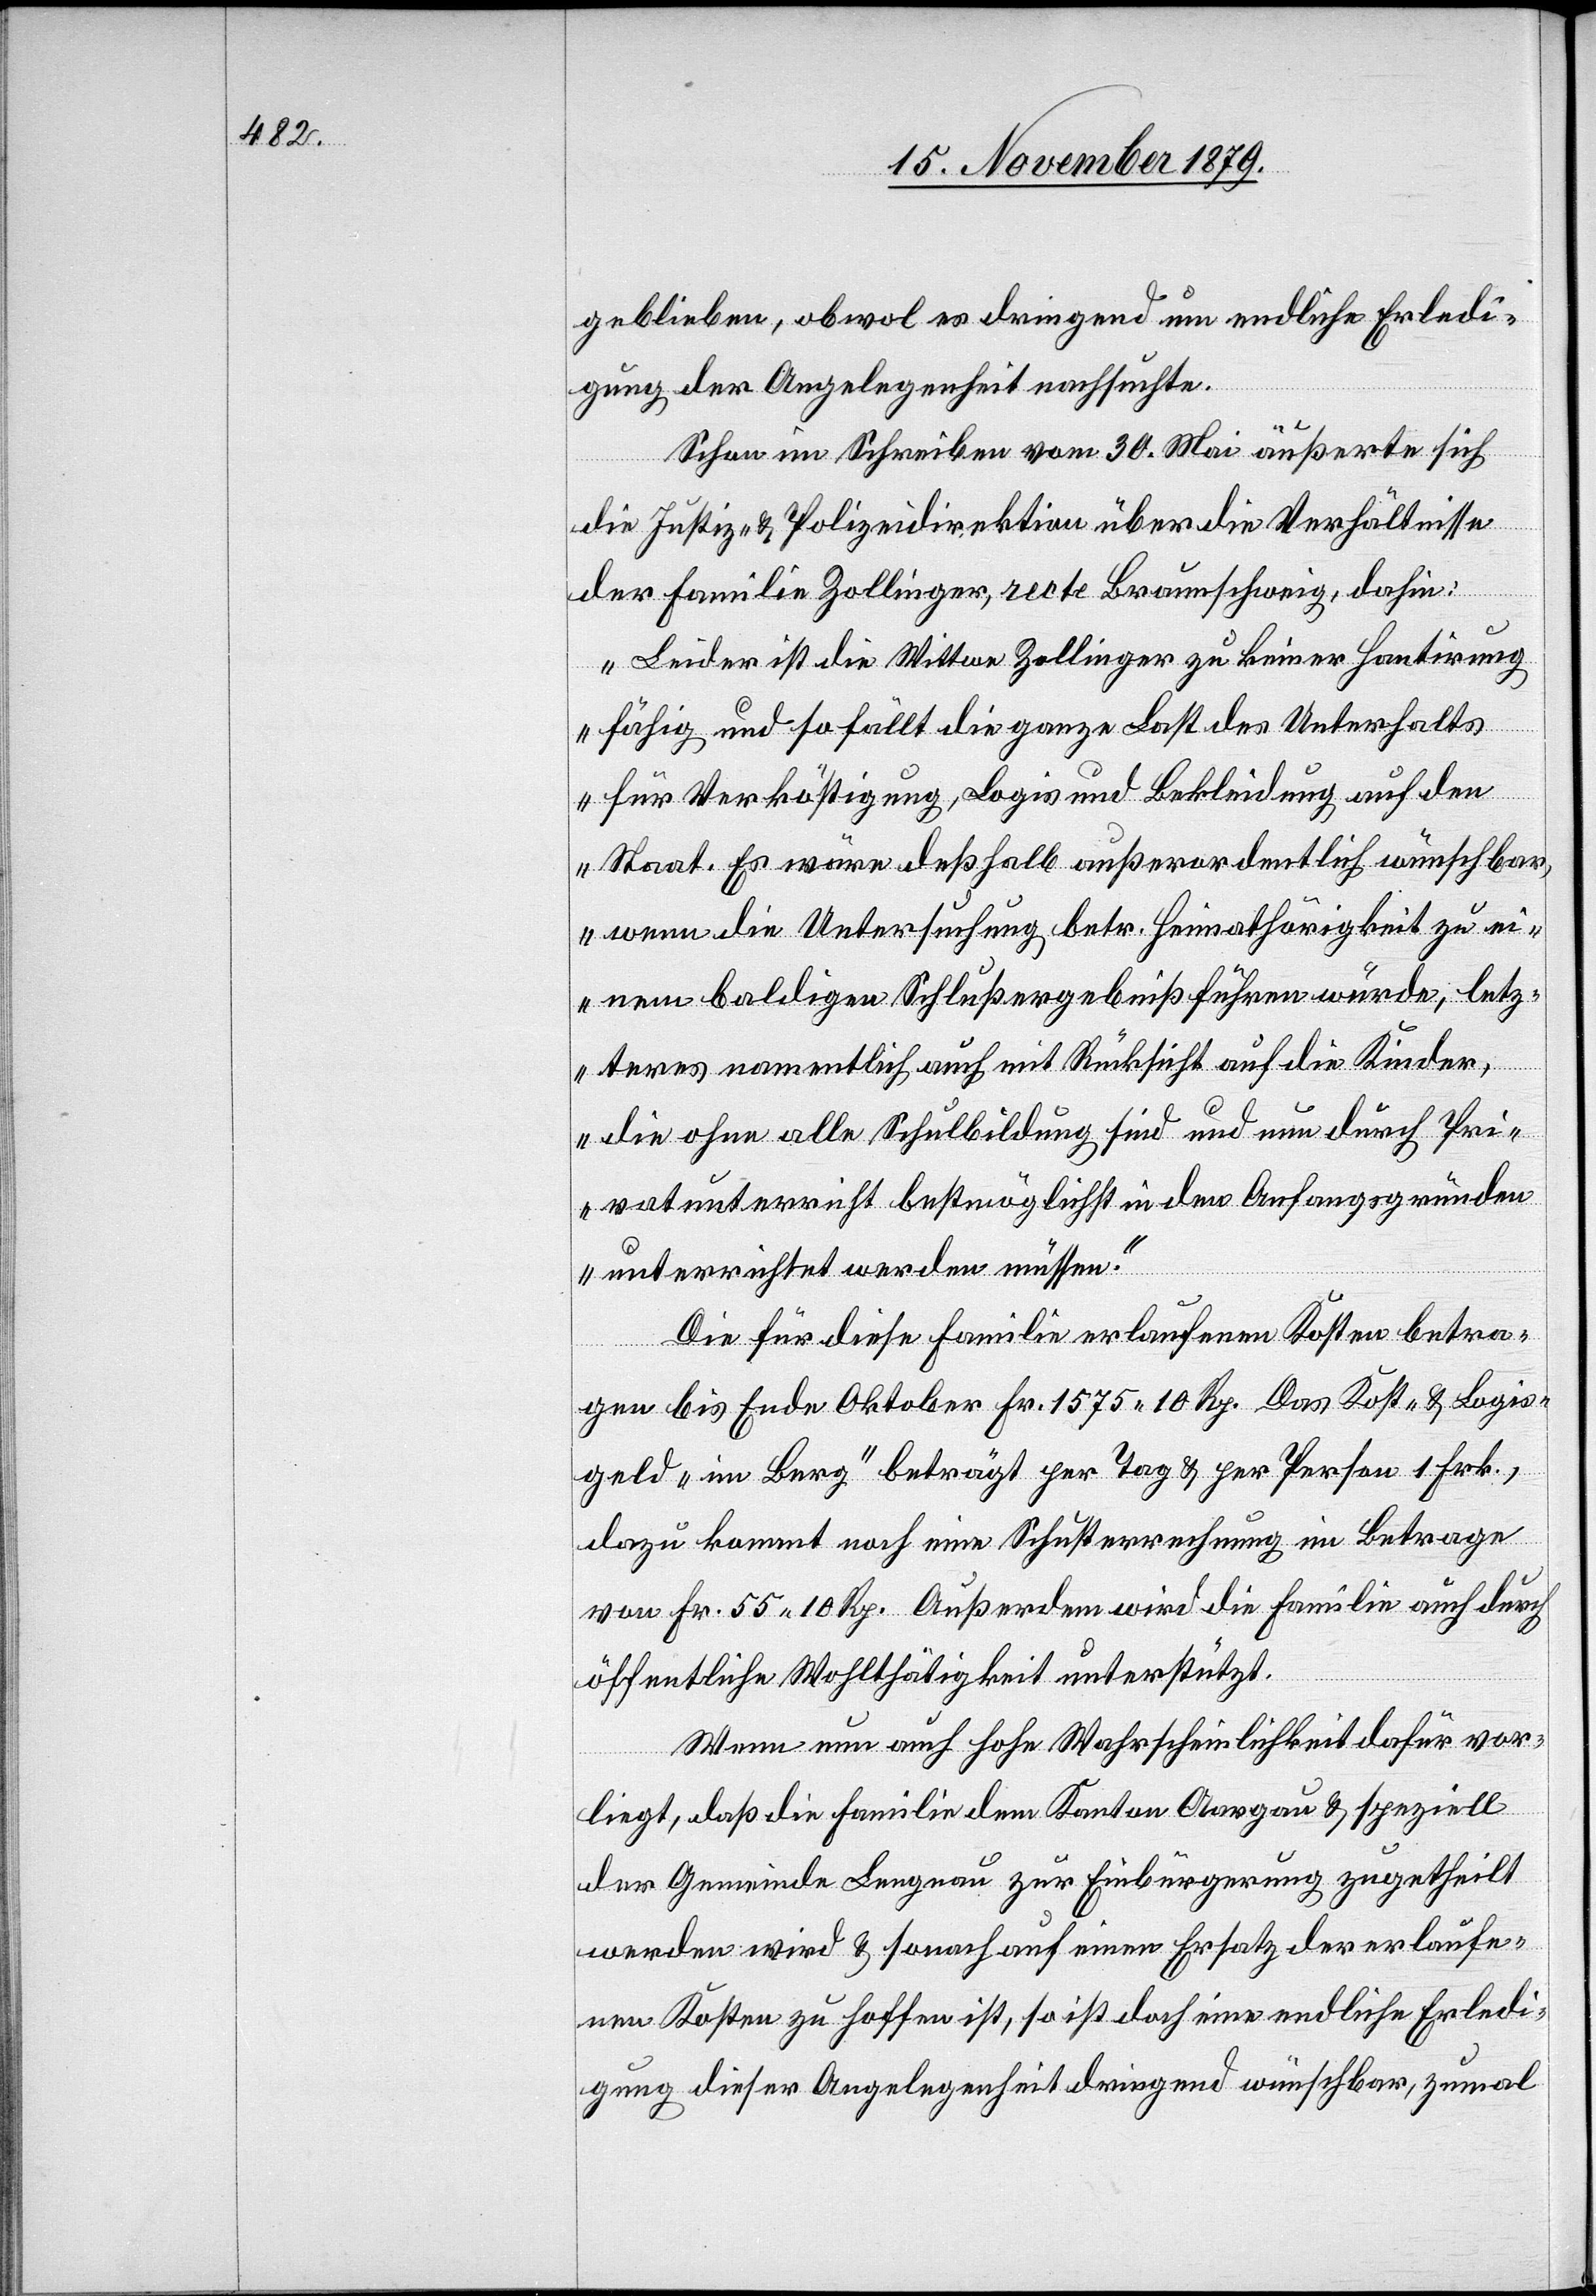
geblieben, obwol es dringend um endliche Erledi¬
gung der Angelegenheit nachsuchte.
Schon im Schreiben vom 30. Mai äußerte sich
die Justiz- & Polizeidirektion über die Verhältnisse
der Familie Zollinger, recte Braunschweig, dahin:
„Leider ist die Wittwe Zollinger zu keiner Hantirung
fähig und so fällt die ganze Last des Unterhalts
für Verköstigung, Logis und Bekleidung auf den
Staat. Es wäre deßhalb außerordentlich wünschbar,
wenn die Untersuchung betr. Heimatlosigkeit zu ei¬
nem baldigen Schlußergebniß führen würde, letz¬
teres namentlich auch mit Rücksicht auf die Kinder,
die ohne alle Schulbildung sind und nun durch Pri¬
vatunterricht bestmöglich in den Anfangsgründen
unterrichtet werden müssen.“
Die für diese Familie erlaufenen Kosten betra¬
gen bis Ende Oktober Fr. 1575 10 Rp. Das Kost- & Logis¬
geld „im Berg“ beträgt per Tag & per Person 1 Frk.,
dazu kommt noch eine Schusterrechnung im Betrage
von Fr. 55 10 Rp. Außerdem wird die Familie auch durch
öffentliche Wohltätigkeit unterstützt.
Wenn nun auch hohe Wahrscheinlichkeit dafür vor¬
liegt, daß die Familie dem Kanton Aargau & speziell
der Gemeinde Lengnau zur Einbürgerung zugetheilt
werden wird & sonach auf einen Ersatz der erlaufe¬
nen Kosten zu hoffen ist, so ist doch eine endliche Erledi¬
gung dieser Angelegenheit dringend wünschbar, zumal